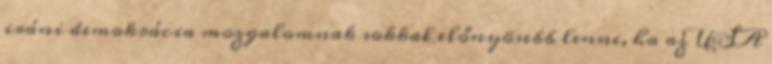
iráni demokrácia mozgalomnak sokkal előnyösebb lenne, ha az USA